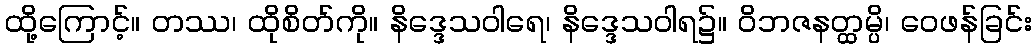
ထို့ကြောင့်။ တဿ၊ ထိုစိတ်ကို။ နိဒ္ဒေသဝါရေ၊ နိဒ္ဒေသဝါရ၌။ ဝိဘဇနတ္ထမ္ပိ၊ ဝေဖန်ခြင်း